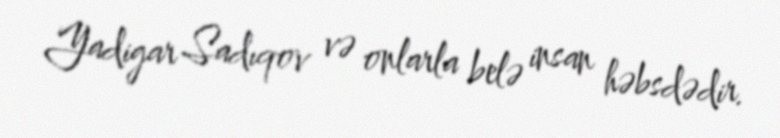
Yadigar Sadıqov və onlarla belə insan həbsdədir.